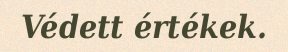
Védett értékek.